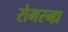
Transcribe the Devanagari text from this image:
रोमरन्ध्र